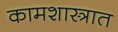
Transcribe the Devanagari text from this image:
कामशास्त्रात